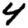
Digit: 4